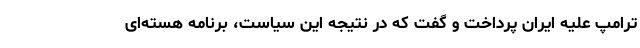
ترامپ علیه ایران پرداخت و گفت که در نتیجه این سیاست،‌ برنامه هسته‌ای